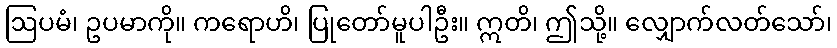
ဩပမံ၊ ဥပမာကို။ ကရောဟိ၊ ပြုတော်မူပါဦး။ ဣတိ၊ ဤသို့။ လျှောက်လတ်သော်၊